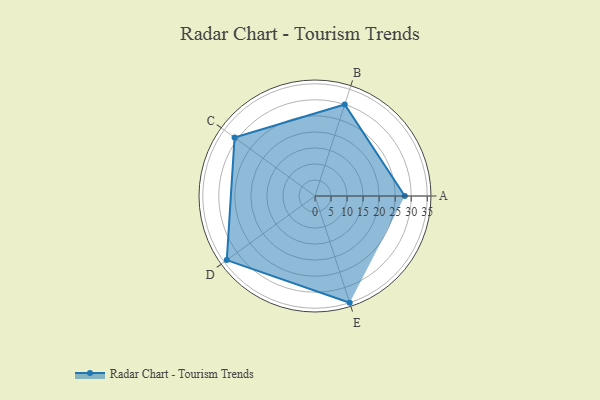
{"axis": {"x": "Skill", "y": "Score"}, "legend": ["Profile"], "data": [{"x": "A", "y": 28.0, "type": "Profile"}, {"x": "B", "y": 30.0, "type": "Profile"}, {"x": "C", "y": 31.0, "type": "Profile"}, {"x": "D", "y": 34.0, "type": "Profile"}, {"x": "E", "y": 35.0, "type": "Profile"}]}